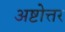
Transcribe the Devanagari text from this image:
अष्टोत्तर